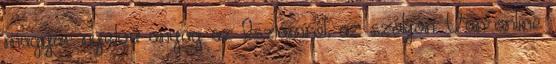
magyar nyelvű anyag az Iszlámról, az szóljon. Van online